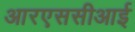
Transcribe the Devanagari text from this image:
आरएससीआई